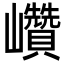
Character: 巑